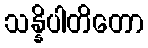
သန္နိပါတိတော